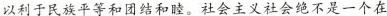
以利于民族平等和团结和睦。社会主义社会绝不是一个在